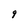
Character: 9